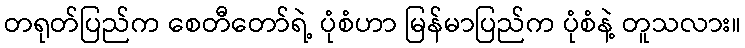
တရုတ်ပြည်က စေတီတော်ရဲ့ ပုံစံဟာ မြန်မာပြည်က ပုံစံနဲ့ တူသလား။